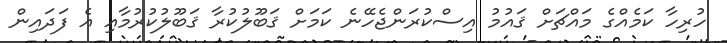
ހުރިހާ ކަމެއްގެ މައްޗަށް ޤައުމު އިސްކުރަންޖެހޭނެ ކަމަށް ޤަބޫލުކުރާ ޤަބޫލުކުރުމާއި އެ ފަދައިން